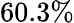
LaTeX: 60.3\%